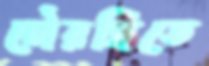
চৌরঙ্গিতে